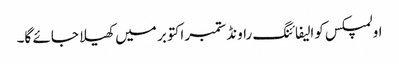
اولمپکس کوالیفائنگ راونڈ ستمبر اکتوبر میں کھیلا جائے گا۔